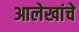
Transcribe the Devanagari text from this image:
आलेखांचे